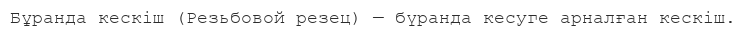
Бұранда кескіш (Резьбовой резец) — бүранда кесуге арналған кескіш.